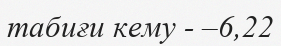
табиғи кему - –6,22